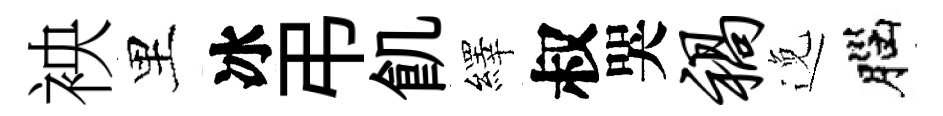
䘧里冰弔飢繹叔哭祸𨓜腦